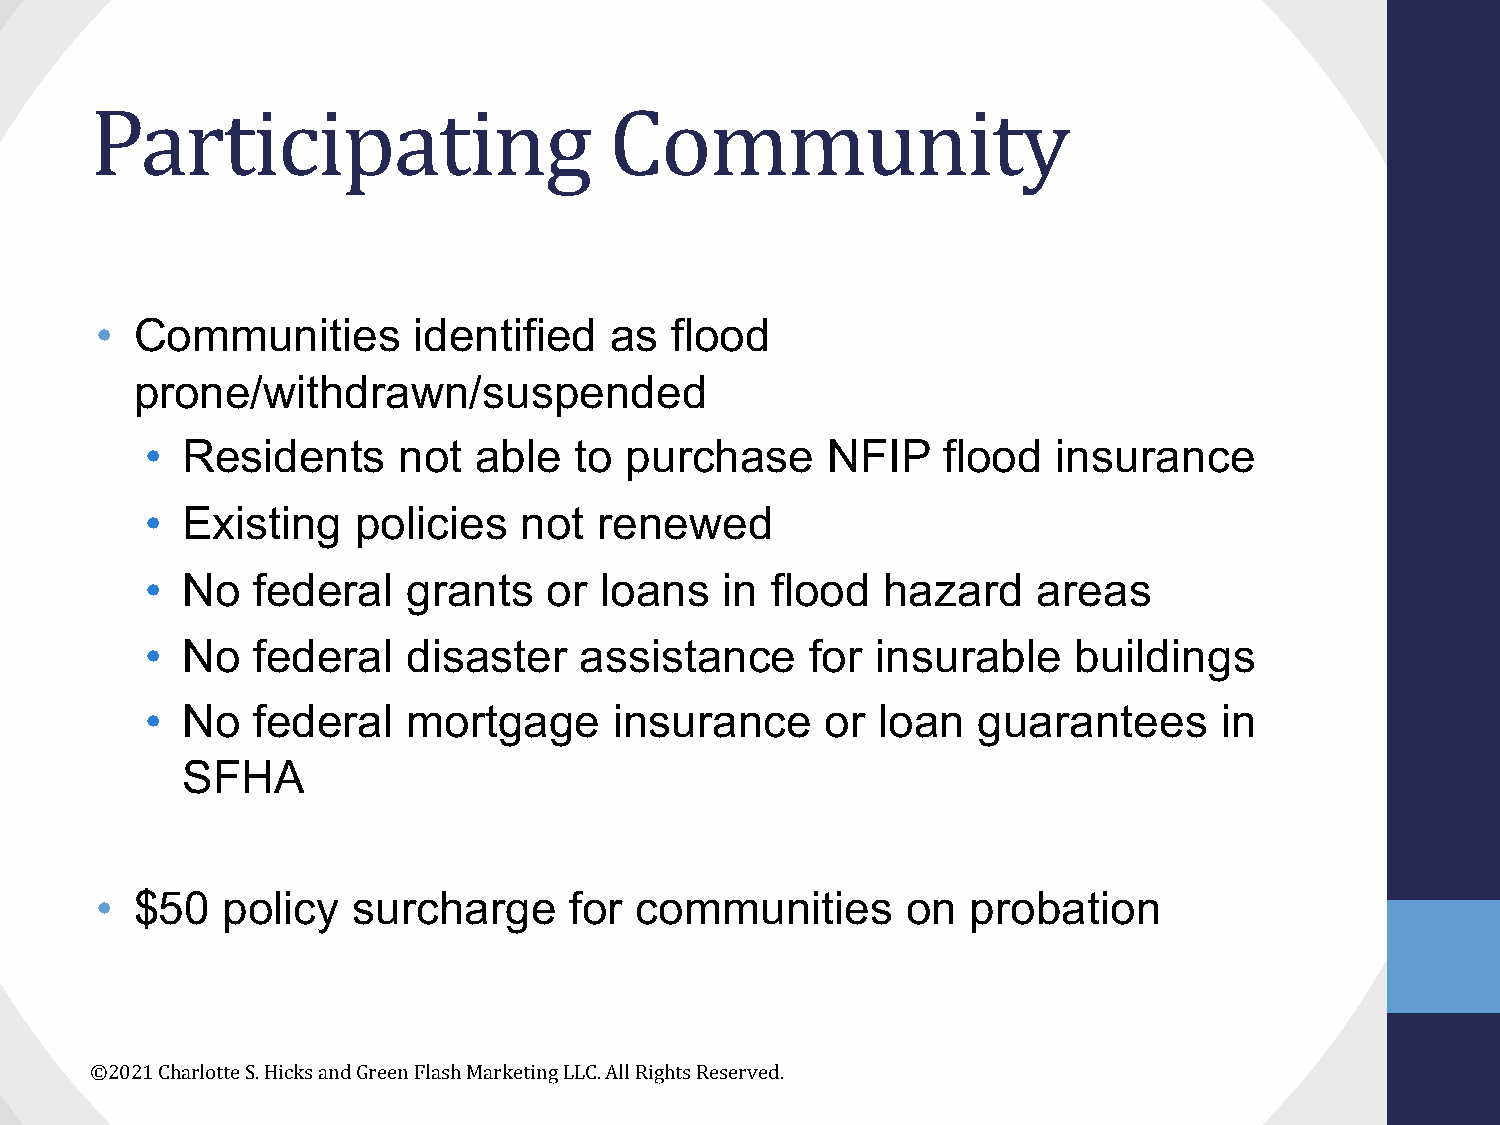
Participating                     Community
 •  Communities       identified   as  flood
 prone/withdrawn/suspended
 • Residents     not  able   to purchase      NFIP    flood  insurance
 • Existing    policies   not  renewed
 • No   federal   grants   or  loans   in flood   hazard    areas
 • No   federal   disaster   assistance      for insurable    buildings
 • No   federal   mortgage      insurance     or loan   guarantees      in
 SFHA
 •  $50   policy  surcharge      for communities       on  probation
 ©2021 Charlotte S. Hicks and Green Flash Marketing LLC. All Rights Reserved.